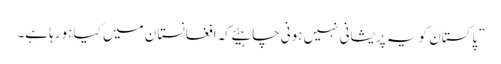
”پاکستان کو یہ پریشانی نہیں ہونی چاہیئے کہ افغانستا ن میں کیا ہورہا ہے۔